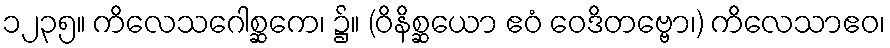
၁၂၃၅။ ကိလေသဂေါစ္ဆကေ၊ ၌။ (ဝိနိစ္ဆယော ဧဝံ ဝေဒိတဗ္ဗော၊) ကိလေသာဧဝ၊